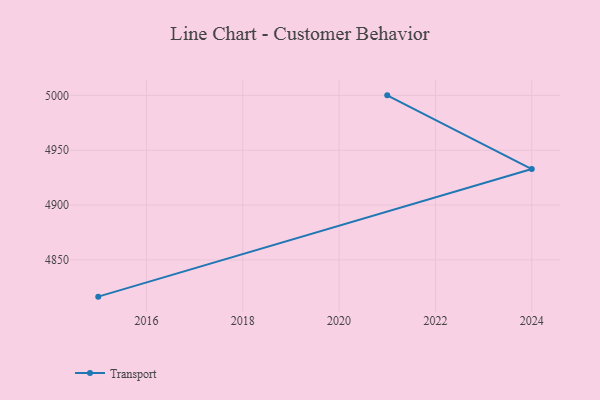
{"axis": {"x": "Year", "y": "Backlog"}, "legend": ["Transport"], "data": [{"x": "2015", "y": 4816.5, "type": "Transport"}, {"x": "2024", "y": 4932.8, "type": "Transport"}, {"x": "2021", "y": 5000, "type": "Transport"}]}